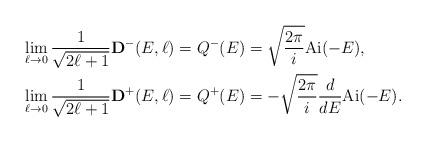
LaTeX: \begin{align*}\lim_{\ell \rightarrow 0} \frac{1}{\sqrt{2\ell+1}} {\mathbf D}^{-} (E, \ell) &=Q^{-}(E) = \sqrt{\frac{2\pi}{i}}{\rm Ai}(-E), \\\lim_{\ell \rightarrow 0} \frac{1}{\sqrt{2\ell+1}} {\mathbf D}^{+} (E, \ell) &=Q^{+}(E)=- \sqrt{\frac{2\pi}{i}}\frac{d}{dE} {\rm Ai}(-E) .\end{align*}